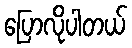
ပြောလိုပါတယ်